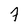
Character: 7